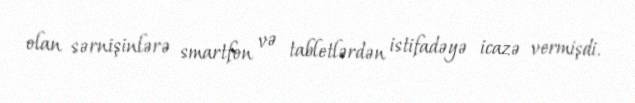
olan sərnişinlərə smartfon və tabletlərdən istifadəyə icazə vermişdi.